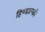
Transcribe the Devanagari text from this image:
हिण्डाल्को